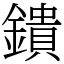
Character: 鐀